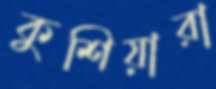
কুশিয়ারা